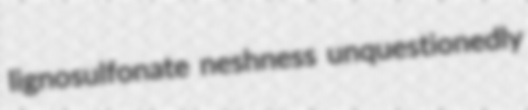
lignosulfonate neshness unquestionedly